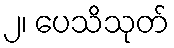
၂၊ ပေသိသုတ်